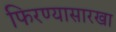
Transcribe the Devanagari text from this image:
फिरण्यासारखा